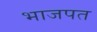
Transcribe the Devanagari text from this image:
भाजपत